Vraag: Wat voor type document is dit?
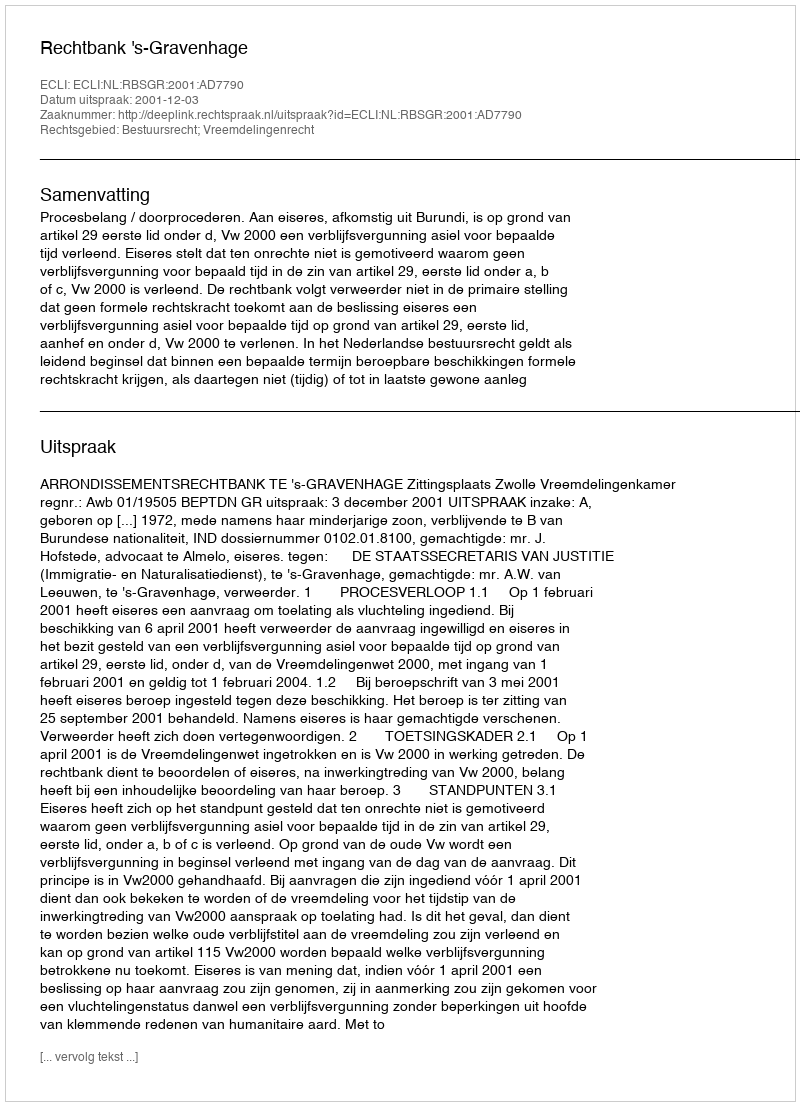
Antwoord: Uitspraak